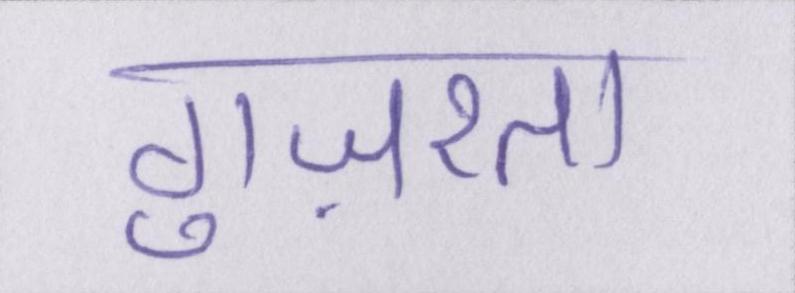
गुज़रता